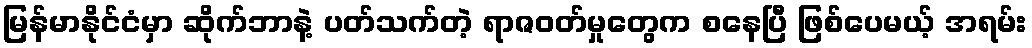
မြန်မာနိုင်ငံမှာ ဆိုက်ဘာနဲ့ ပတ်သက်တဲ့ ရာဇဝတ်မှုတွေက စနေပြီ ဖြစ်ပေမယ့် အရမ်း